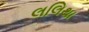
લલિથા